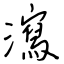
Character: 瀉